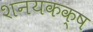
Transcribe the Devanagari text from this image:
शनयकक्ष